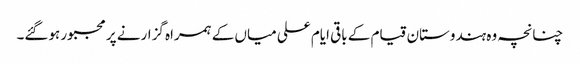
چنانچہ وہ ہندوستان قیام کے باقی ایام علی میاں کے ہمراہ گزارنے پر مجبور ہوگئے۔